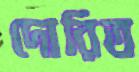
দোরিত